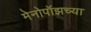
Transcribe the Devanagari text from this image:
मेनोपॉझच्या